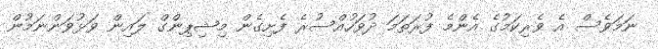
ނަމަވެސް އެެ ވެރިކަމުގެ އެންމެ ފުރަތަމަ ދުވަހުއްސުރެ ފެށިގެން މިޝިޕިންގް ލައިން ވަޅުވަންނަމުން